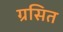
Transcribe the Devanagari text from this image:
ग्रसित